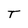
Character: T